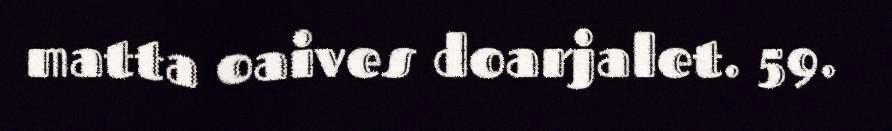
matta oaives doarjalet. 59.